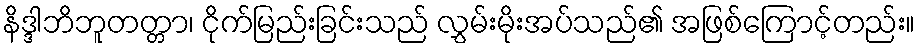
နိဒ္ဒါဘိဘူတတ္တာ၊ ငိုက်မြည်းခြင်းသည် လွှမ်းမိုးအပ်သည်၏ အဖြစ်ကြောင့်တည်း။